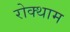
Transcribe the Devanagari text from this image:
रोक्थाम